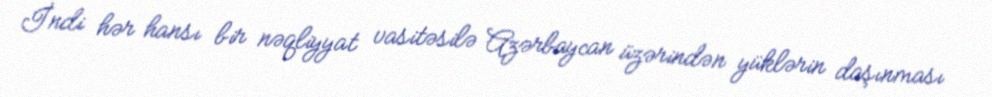
İndi hər hansı bir nəqliyyat vasitəsilə Azərbaycan üzərindən yüklərin daşınması